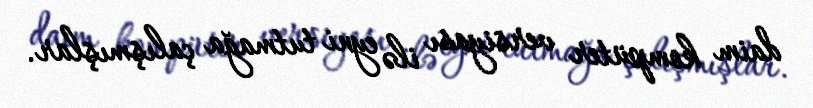
daim kompüter versiyası ilə eyni tutmağa çalışmışlar.